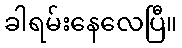
ခါရမ်းနေလေပြီ။